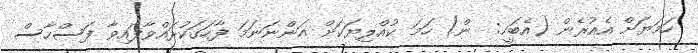
ހަމަޔަށް އެއުރެން (އެބަހީ:  ން) ހަމަ ކުއްލިޔަކަށް އަންނަނަމަ ފާހަގަކުރައްވާފައިވާ ފަސްހާސް